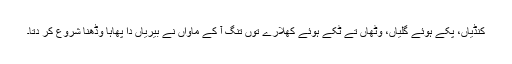
کنڈیاں، پکے ہوئے گلیاں، وِٹھاں تے ٹُکے ہوئے کھلارے توں تنگ آ کے ماواں نے بیریاں دا پھاہا وڈھنا شروع کر دتا۔